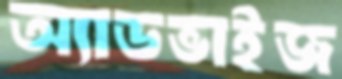
অ্যাডভাইজ